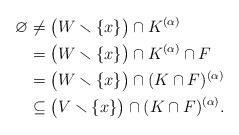
LaTeX: \begin{align*} \varnothing & \neq \big( W \smallsetminus \{ x\} \big) \cap K^{(\alpha)}\\ & =\big( W \smallsetminus \{ x\} \big) \cap K^{(\alpha)} \cap F \\ & = \big( W \smallsetminus \{ x\} \big) \cap (K \cap F)^{(\alpha)}\\ & \subseteq \big( V \smallsetminus \{ x\} \big) \cap (K \cap F)^{(\alpha)}. \end{align*}